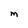
Character: m